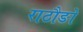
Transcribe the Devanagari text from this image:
राठौङो